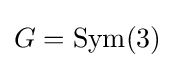
G={\text{Sym}}(3)